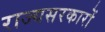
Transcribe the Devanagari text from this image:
राज्यसरकारों